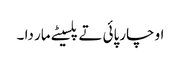
او چارپائی تے پلسیٹے مار دا ۔